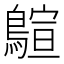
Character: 𪃗